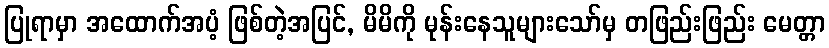
ပြုရာမှာ အထောက်အပံ့ ဖြစ်တဲ့အပြင်, မိမိကို မုန်းနေသူများသော်မှ တဖြည်းဖြည်း မေတ္တာ